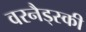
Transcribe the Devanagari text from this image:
वरनैड्स्की